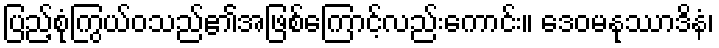
ပြည့်စုံကြွယ်ဝသည်၏အဖြစ်ကြောင့်လည်းကောင်း။ ဒေဝမနုဿာဒိနံ၊